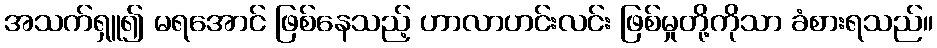
အသက်ရှူ၍ မရအောင် ဖြစ်နေသည့် ဟာလာဟင်းလင်း ဖြစ်မှုတို့ကိုသာ ခံစားရသည်။